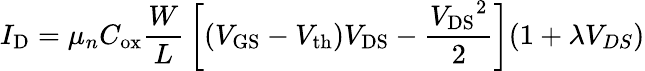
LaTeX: I_{\mathrm{D}}=\mu_{n}C_{\mathrm{ox}}{\frac{W}{L}}\left[\left(V_{\mathrm{GS}}-V_{\mathrm{{th}}}\right)V_{\mathrm{DS}}-{\frac{{V_{\mathrm{DS}}}^{2}}{2}}\right](1+\lambda V_{DS})